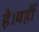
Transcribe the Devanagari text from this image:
है।वहीं